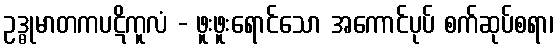
ဥဒ္ဓုမာတကပဋိကူလံ - ဖူးဖူးရောင်သော အကောင်ပုပ် စက်ဆုပ်စရာ၊